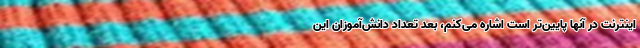
اینترنت در آنها پایین‌تر است اشاره می‌کنم، بعد تعداد دانش‌آموزان این